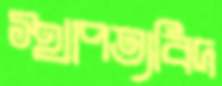
স্থাপত্যবিদ